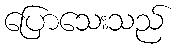
ပြောသေးသည်